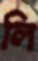
লি